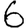
Digit: 6